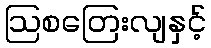
ဩစတြေးလျနှင့်